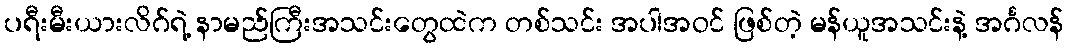
ပရီးမီးယားလိဂ်ရဲ့ နာမည်ကြီးအသင်းတွေထဲက တစ်သင်း အပါအဝင် ဖြစ်တဲ့ မန်ယူအသင်းနဲ့ အင်္ဂလန်